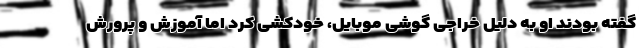
گفته بودند او به دلیل خراجی گوشی موبایل، خودکشی کرد اما آموزش و پرورش